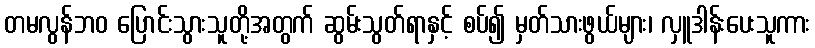
တမလွန်ဘဝ ပြောင်းသွားသူတို့အတွက် ဆွမ်းသွတ်ရာနှင့် စပ်၍ မှတ်သားဖွယ်များ၊ လှူဒါန်းပေးသူကား